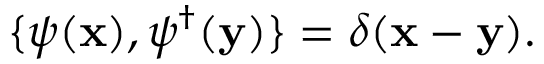
\{ \psi ( { \bf x } ) , \psi ^ { \dagger } ( { \bf y } ) \} = \delta ( { \bf x - y } ) .